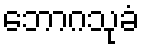
ဘောဂသုခံ